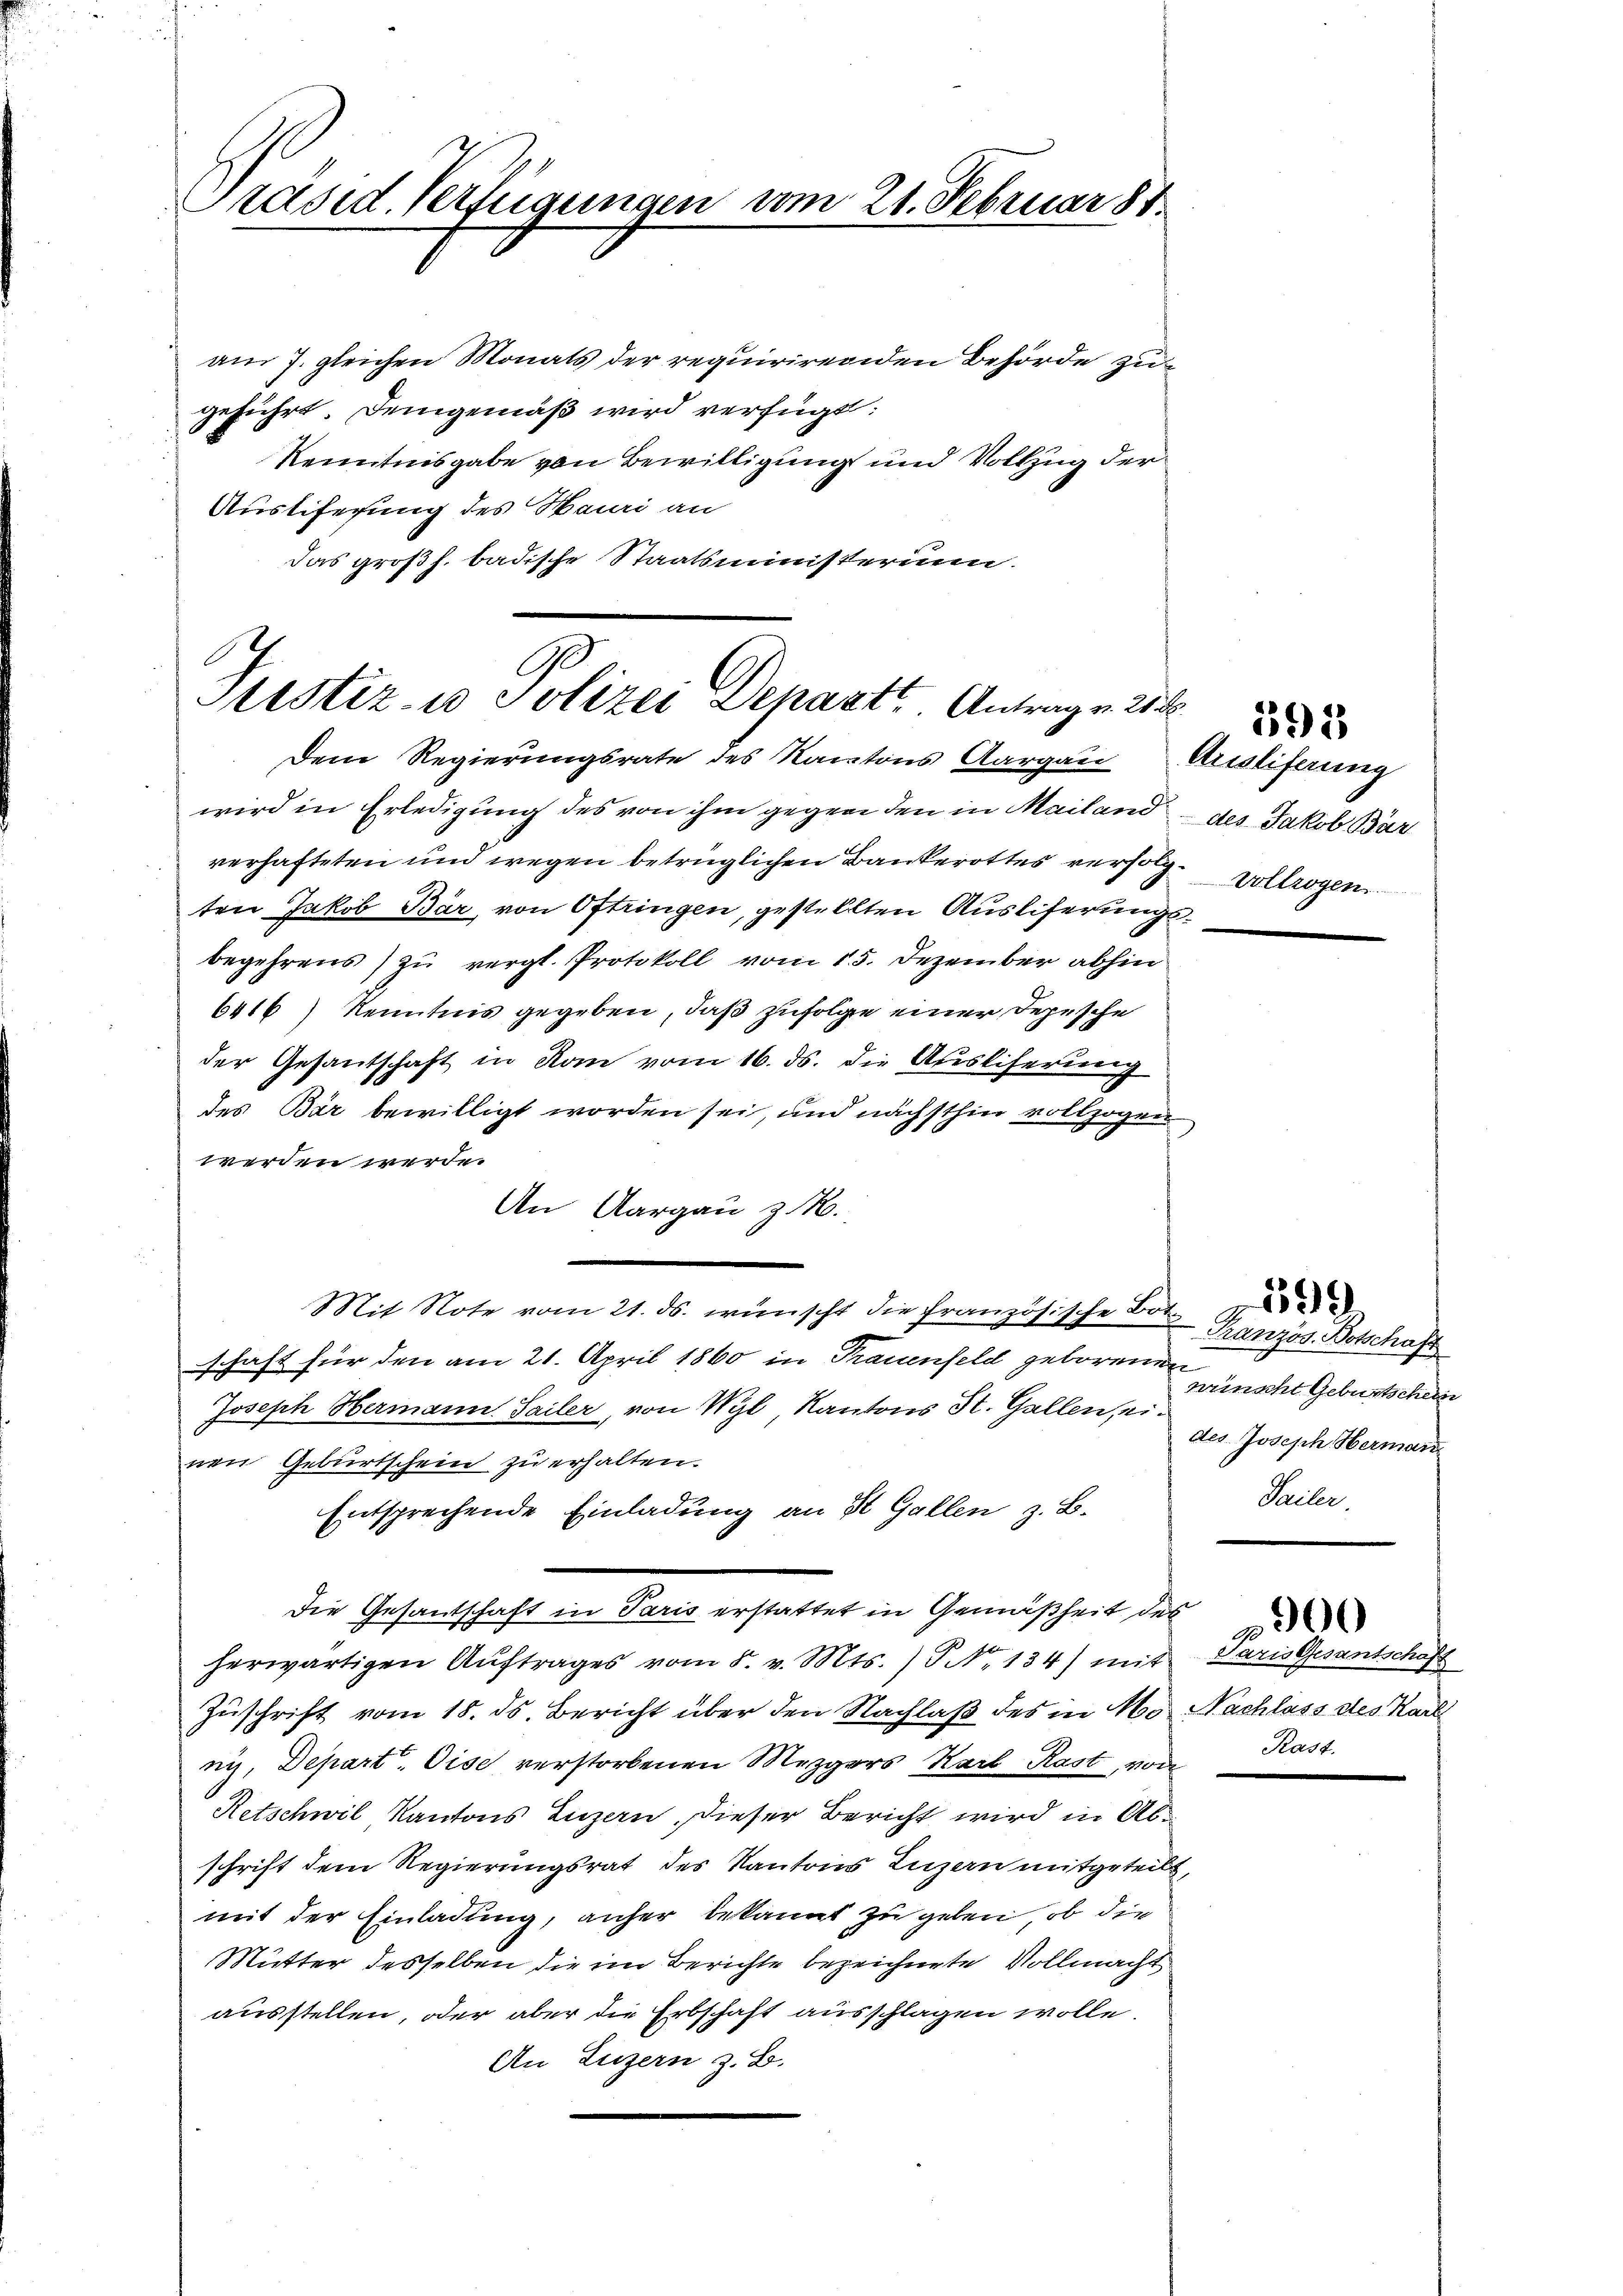
Präsid. Verfügungen vom 21. Februar 81.

am 7. gleichen Monats der requirirenden Behörde zugeführt. Demgemäß wird verfügt:
Kenntnisgabe von Bewilligung und Vollzug der
Ausliefessung des Hauri an
das großh. badische Staatsministerum.

I
Ge
Sistiz- u Polizei Depart. Antrag v. 25. d.
Dem Regierungsrate des Kantons Aargau

wird in Erledigung des von ihm gegen den in Mailand des Jakob Bar
verhafteten und wegen betrüglichen Bankerottes verfolgten Jakob Bär von Oftringen, gestellten Ausliferungsbegehrens) zu vergl. Protokoll vom 15. Dezember abhin
6416) Kenntnis gegeben, daß zufolge einer Depesche
der Gesantschaft in Kan vom 16. ds. die Ausliferung
des Bär bewilligt worden sei, und nächsthin vollzogen
werden werde.
An Aargau z
Mit Note vom 21. ds. wünscht die Französische Vor Tranzös. Botschaft
schaft für den am 21. April 1860 in Trauenfeld geborenen
Joseph Hermann Sailer, von Wyl, Kantons St. Gallen, einen Geburtschein zu erhalten.
Entsprechende Einladung an St. Gallen z. B.
Die Gesantschaft in Paris erstattet in Gemäßheit des
herwärtigen Auftrages vom 8. v. Mts.) P. N. 134) mit
Zuschrift vom 18. ds. Bericht über den Nachlaß des in Mo Nachlass des Karl
nis, Depart. Dise verstorbenen Mezgers Karl Rast, von
Retschwil Kantons Luzern, dieser Bericht wird in Abschrift dem Regierungsrat des Kantons Luzern mitgeteilt,
mit der Einladung, anher bekannt zu geben, ob die
Mutter desselben die im Berichte bezeichnete Vollmacht
ausstellen, oder aber die Erbschaft ausschlagen wolle.
An Luzern z. B.

Ausliferung
Vollzogen

591

wrinscht Geburtschein
des Joseph Herman
Sailer.

599.

Paris Gesantschafs
Rast.

00